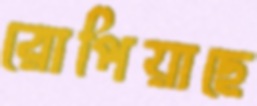
রোপিয়াছে